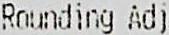
ROUNDING ADJ